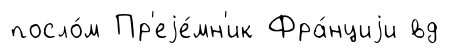
посло́м Пр'еjе́мн'ик Фра́нциjи вд